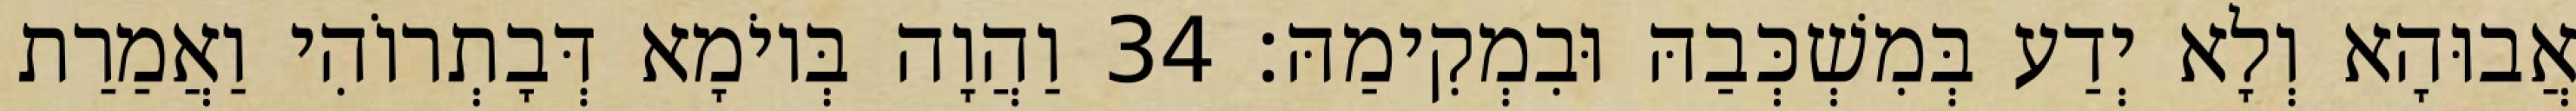
אֲבוּהָא וְלָא יְדַע בְּמִשְׁכְּבַהּ וּבִמְקִימַהּ׃ 34 וַהֲוָה בְּיוֹמָא דְּבָתְרוֹהִי וַאֲמַרַת